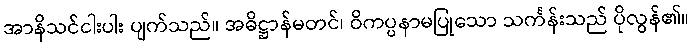
အာနိသင်ငါးပါး ပျက်သည်။ အဓိဋ္ဌာန်မတင်၊ ဝိကပ္ပနာမပြုသော သင်္ကန်းသည် ပိုလွန်၏။